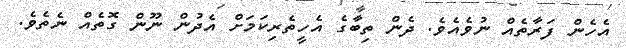
އެހެން ފަރާތެއް ނުވެއެވެ. ދެން ތިބާގެ އެހީތެރިިކަމަށް އެދުން ނޫން ގޮތެއް ނެތެވެ.